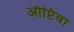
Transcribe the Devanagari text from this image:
ऑप्टिवा